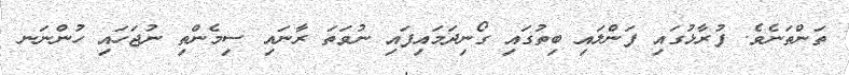
ތަންތަނެވެ. ފުރާޅުގައި ފަންލައި ބިތުގައި ގޯނިދަމައިފައި ނުވަތަ ރާނައި ސިމެންތި ނުޖަހައި ހުންނަނ